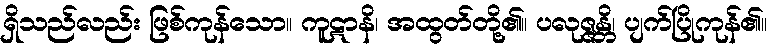
ရှိသည်လည်း ဖြစ်ကုန်သော။ ကူဋာနိ၊ အထွတ်တို့၏။ ပလုဇ္ဇန္တိ၊ ပျက်ပြိုကုန်၏။